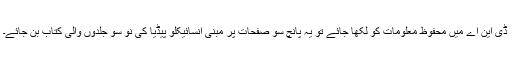
ڈی این اے میں محفوظ معلومات کو لکھا جائے تو یہ پانچ سو صفحات پر مبنی انسائیکلو پیڈیا کی نو سو جلدوں والی کتاب بن جائے۔